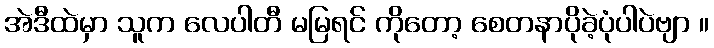
အဲဒီထဲမှာ သူက လေပါတီ မမြရင် ကိုတော့ စေတနာပိုခဲ့ပုံပါပဲဗျာ ။